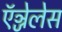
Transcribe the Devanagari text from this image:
ऍञ्जेलेस